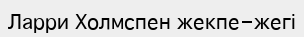
Ларри Холмспен жекпе-жегі